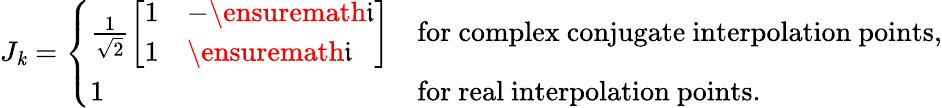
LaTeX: J_{\mathit{k}}=\left\{ \begin{array}{ll}{\frac{1}{\sqrt{2}}\left[\begin{array}{ll}{1}&{-\ensuremath{\mathfrak{i}}}\\ {1}&{\ensuremath{\mathfrak{i}}}\end{array}\right]}&{\mathrm{for~complex~conjugate~interpolation~points,}}\\ {1}&{\mathrm{for~real~interpolation~points.}}\end{array}\right.